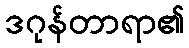
ဒဂုန်တာရာ၏